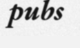
pubs